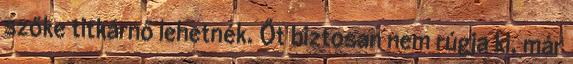
szőke titkárnő lehetnék. Őt biztosan nem rúgja ki, már